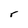
Character: r